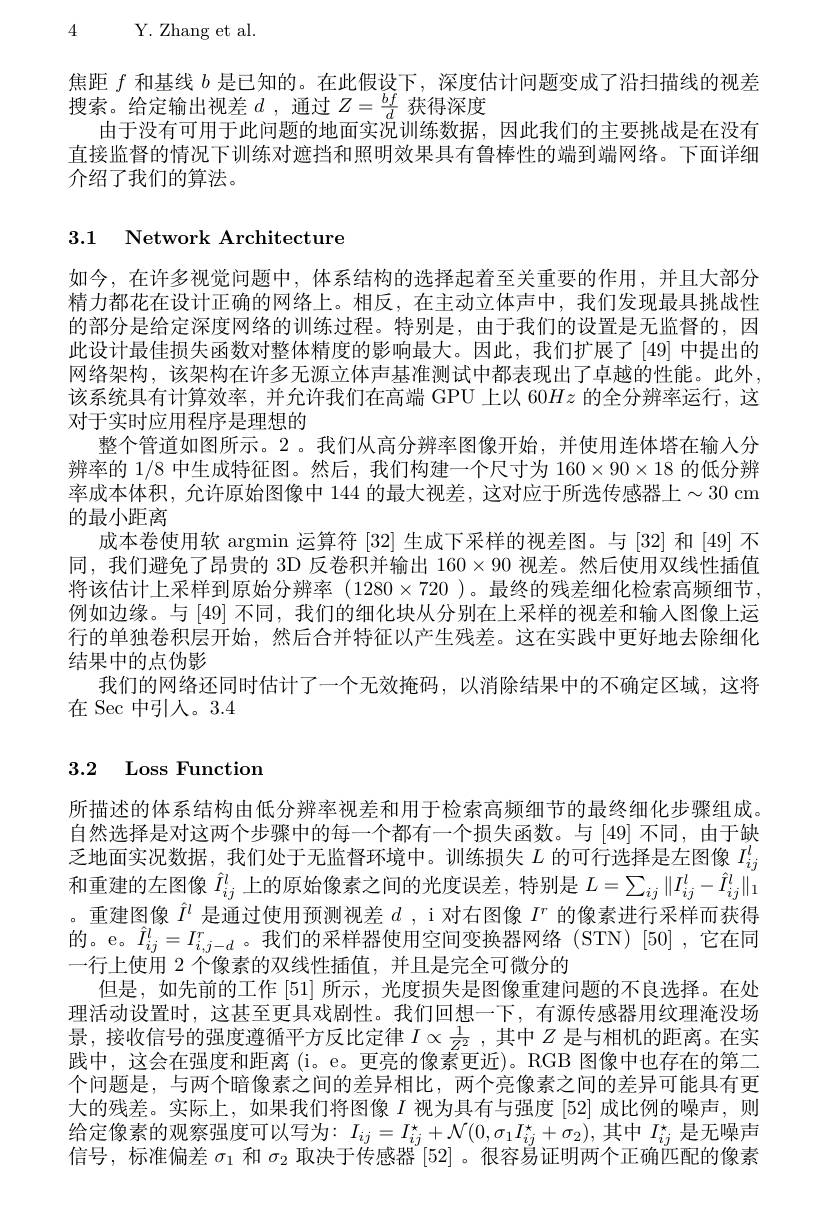
4 Y. Zhang et al.

焦距$f$和基线$b$是已知的。在此假设下，深度估计问题变成了沿扫描线的视差
搜索。给定输出视差$d$ ,通过$Z=\frac{bf}d$获得深度
由于没有可用于此问题的地面实况训练数据，因此我们的主要挑战是在没有直接监督的情况下训练对遮挡和照明效果具有鲁棒性的端到端网络。下面详细介绍了我们的算法。

# 3.1 Network Architecture

如今，在许多视觉问题中，体系结构的选择起着至关重要的作用，并且大部分精力都花在设计正确的网络上。相反，在主动立体声中，我们发现最具挑战性的部分是给定深度网络的训练过程。特别是，由于我们的设置是无监督的，因此设计最佳损失函数对整体精度的影响最大。因此，我们扩展了[49] 中提出的网络架构，该架构在许多无源立体声基准测试中都表现出了卓越的性能。此外， 该系统具有计算效率，并允许我们在高端 GPU 上以 60$Hz$的全分辨率运行，这对于实时应用程序是理想的
整个管道如图所示。2。我们从高分辨率图像开始，并使用连体塔在输入分辨率的 1/8 中生成特征图。然后，我们构建一个尺寸为 160$\times90\times18$的低分辨率成本体积，允许原始图像中 144 的最大视差，这对应于所选传感器上$\sim30$ cm 的最小距离
成本卷使用软 argmin 运算符[32]生成下采样的视差图。与 [32] 和 [49] 不同，我们避免了昂贵的 3D 反卷积并输出$160\times90$视差。然后使用双线性插值将该估计上采样到原始分辨率$(1280\times720$ )。最终的残差细化检索高频细节例如边缘。与[49]不同，我们的细化块从分别在上采样的视差和输入图像上运行的单独卷积层开始，然后合并特征以产生残差。这在实践中更好地去除细化结果中的点伪影
我们的网络还同时估计了一个无效掩码，以消除结果中的不确定区域，这将
在 Sec 中引人。3.4

# 3.2 Loss Function

所描述的体系结构由低分辨率视差和用于检索高频细节的最终细化步骤组成。自然选择是对这两个步骤中的每一个都有一个损失函数。与 [49] 不同，由于缺乏地面实况数据，我们处于无监督环境中。训练损失$L$的可行选择是左图像$I_{ij}^l$ 和重建的左图像$\hat{I}_{ij}^l$上的原始像素之间的光度误差，特别是$L=\sum_{ij}\|I_{ij}^l-\hat{I}_{ij}^l\|_1$ 。重建图像$\hat{I}^l$是通过使用预测视差$d$ , i 对右图像$I^r$的像素进行采样而获得的。e。$\hat{I}_{ij}^l=I_{i,j-d}^r$。我们的采样器使用空间变换器网络(STN)[50],它在同一行上使用 2 个像素的双线性插值，并且是完全可微分的
但是，如先前的工作[51]所示，光度损失是图像重建问题的不良选择。在处理活动设置时，这甚至更具戏剧性。我们回想一下，有源传感器用纹理淹没场景，接收信号的强度遵循平方反比定律$I\propto\frac1{Z^2}$ ,其中$Z$是与相机的距离。在实践中，这会在强度和距离(i。e。更亮的像素更近)。RGB 图像中也存在的第二个问题是，与两个暗像素之间的差异相比，两个亮像素之间的差异可能具有更大的残差。实际上，如果我们将图像$I$视为具有与强度 [52] 成比例的噪声，则给定像素的观察强度可以写为：$I_ij=I_{ij}^*+\mathcal{N}(0,\sigma_1I_{ij}^*+\sigma_2)$,其中 $I_ij^\star$ 是无噪声信号，标准偏差$\sigma_1$和$\sigma_2$取决于传感器$^{\prime}[52]$ 。很容易证明两个正确匹配的像素